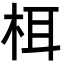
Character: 栮